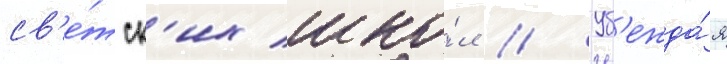
св'е́тск'их шко́л // Уб'ежда́я